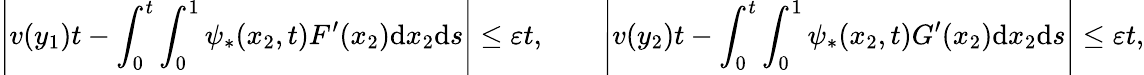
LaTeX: \left|v(y_{1})t-\int_{0}^{t}\int_{0}^{1}\psi_{*}(x_{2},t)F^{\prime}(x_{2})\mathrm{d}x_{2}\mathrm{d}s\right|\leq\varepsilon t,\qquad\left|v(y_{2})t-\int_{0}^{t}\int_{0}^{1}\psi_{*}(x_{2},t)G^{\prime}(x_{2})\mathrm{d}x_{2}\mathrm{d}s\right|\leq\varepsilon t,